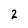
Character: 2